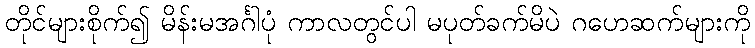
တိုင်များစိုက်၍ မိန်းမအင်္ဂါပုံ ကာလတွင်ပါ မပုတ်ခက်မိပဲ ဂဟေဆက်များကို